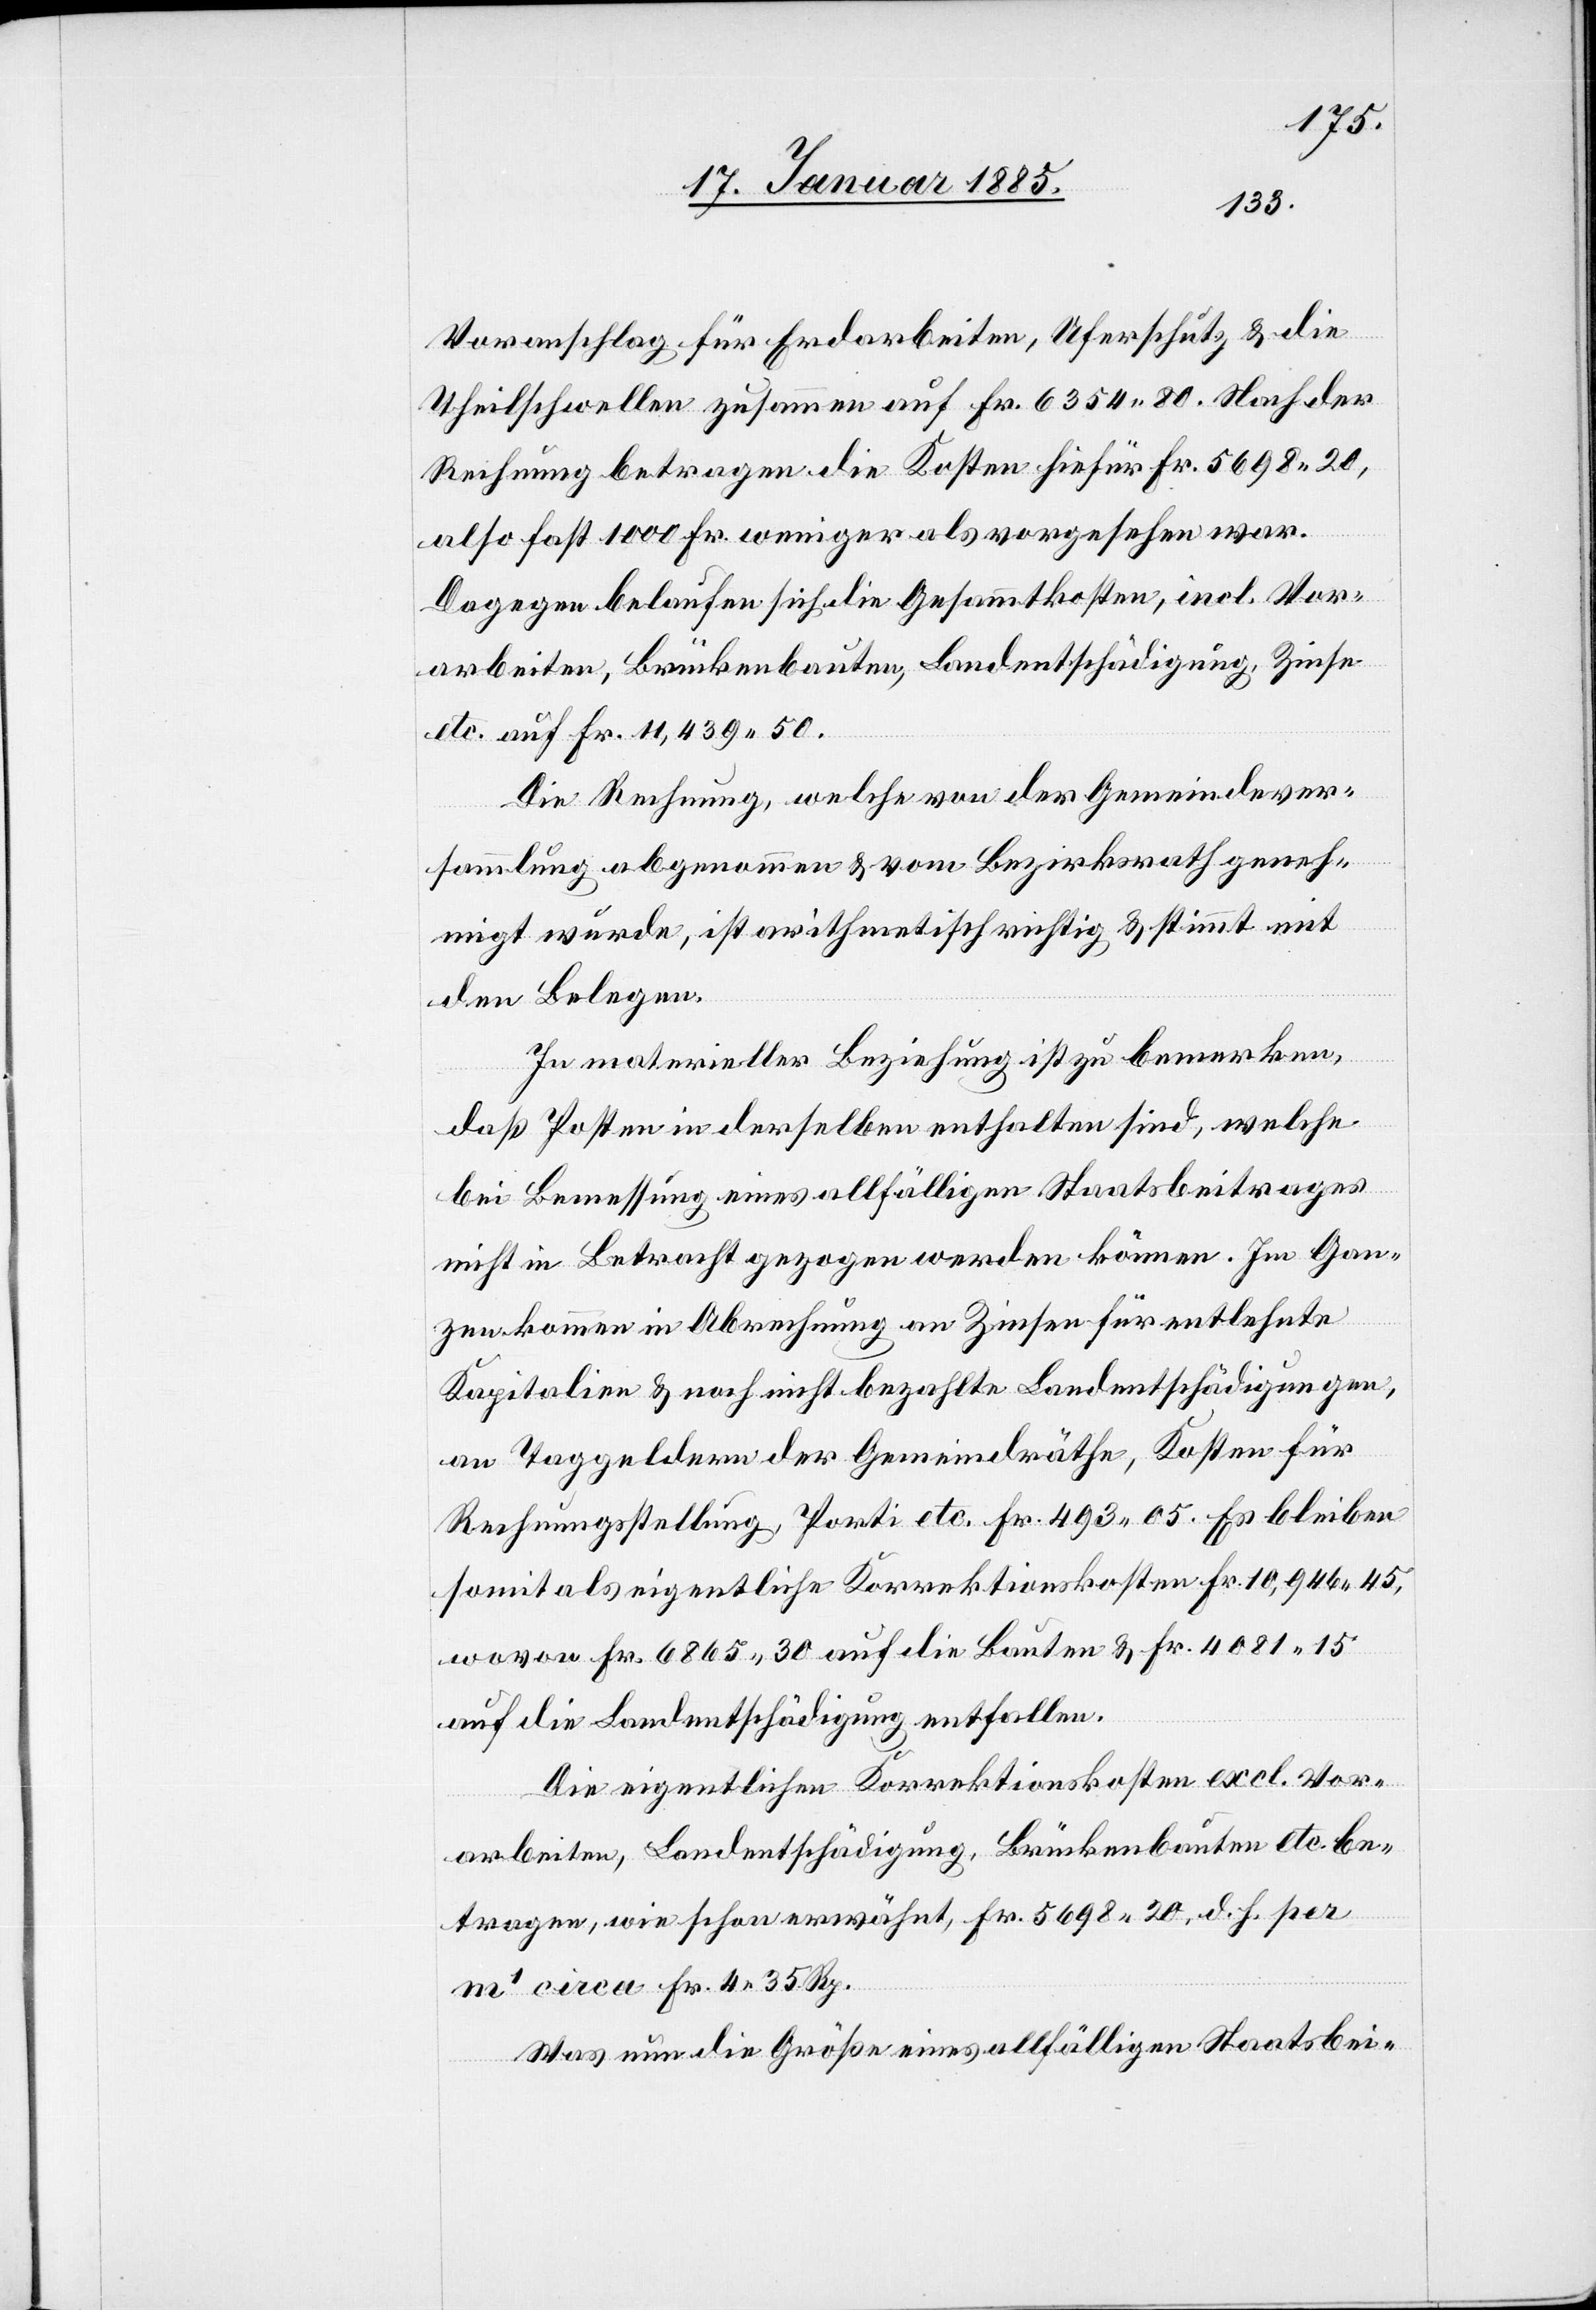
Voranschlag für Erdarbeiten, Uferschutz & die
Theilschwelle zusammen auf Fr. 6354 80. Nach der
Rechnung betragen die Kosten hiefür Fr. 5698 20,
also fast 1000 Fr. weniger als vorgesehen war.
Dagegen belaufen sich die Gesammtkosten, incl. Vor¬
arbeiten, Brückenbauten, Landentschädigung, Zinse
etc. auf Fr. 11,439 50.
Die Rechnung, welche von der Gemeindever¬
sammlung abgenommen & vom Bezirksrath geneh¬
migt wurde, ist arithmetisch richtig & stimmt mit
den Belegen.
In materieller Beziehung ist zu bemerken,
daß Posten in derselben enthalten sind, welche
bei Bemessung eines allfälligen Staatsbeitrages
nicht in Betracht gezogen werden können. Im Gan¬
zen kommen in Abrechnung am Zinsen für entlehnte
Kapitalien & noch nicht bezahlte Landentschädigungen,
an Taggeldern der Gemeindräthe, Kosten für
Rechnungstellung, Porti etc. 493 05. Es bleiben
somit als eigentliche Korrektionskosten Fr. 10,946 45,
wovon Fr. 6865 30 auf die Bauten & Fr. 4081 15
auf die Landentschädigung entfallen.
Die eigentlichen Korrektionskosten excl. Vor¬
arbeiten, Landentschädigung, Brückenbauten etc. be¬
tragen, wie schon erwähnt, Fr. 5698 20, d. h. per
m1 circa Fr. 4 35 Rp.
Was nun die Größe eines allfälligen Staatbei-